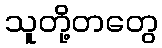
သူတို့တတွေ